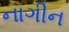
નાગીન